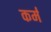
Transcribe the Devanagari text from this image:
कर्मं